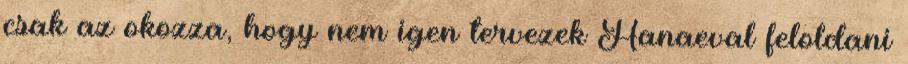
csak az okozza, hogy nem igen tervezek Hanaeval feloldani